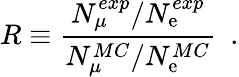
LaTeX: R\equiv{\frac{N_{\mu}^{exp}/N_{\mathrm{e}}^{exp}}{N_{\mu}^{MC}/N_{\mathrm{e}}^{MC}}}\ \ .